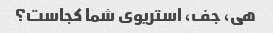
هی، جف، استریوی شما کجاست؟